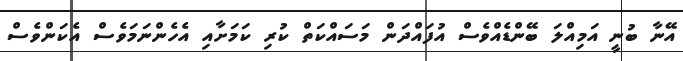
އޭނާ ބުނީ އަމިއްލަ ބޭންޑެއްވެސް އުފައްދަން މަސައްކަތް ކުރި ކަމަށާއި އެހެންނަމަވެސް އެކަންވެސް